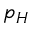
p _ { H }